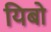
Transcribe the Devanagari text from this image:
यिबो